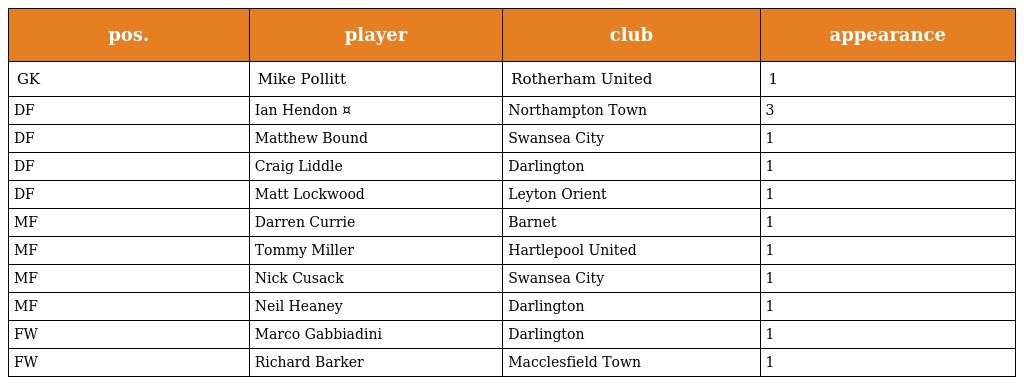
| pos. | player | club | appearance |
 | --- | --- | --- | --- |
 | GK | Mike Pollitt | Rotherham United | 1 |
 | DF | Ian Hendon ¤ | Northampton Town | 3 |
 | DF | Matthew Bound | Swansea City | 1 |
 | DF | Craig Liddle | Darlington | 1 |
 | DF | Matt Lockwood | Leyton Orient | 1 |
 | MF | Darren Currie | Barnet | 1 |
 | MF | Tommy Miller | Hartlepool United | 1 |
 | MF | Nick Cusack | Swansea City | 1 |
 | MF | Neil Heaney | Darlington | 1 |
 | FW | Marco Gabbiadini | Darlington | 1 |
 | FW | Richard Barker | Macclesfield Town | 1 |